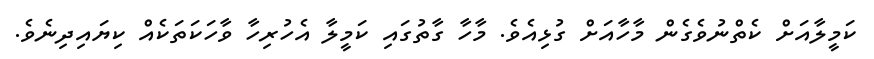
ކަމީލާއަށް ކެތްނުވެގެން މާހާއަށް ގުޅިއެވެ. މާހާ ގާތުގައި ކަމީލާ އެހުރިހާ ވާހަކަތަކެއް ކިޔައިދިނެވެ.